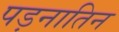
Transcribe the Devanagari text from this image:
पड़नातिन